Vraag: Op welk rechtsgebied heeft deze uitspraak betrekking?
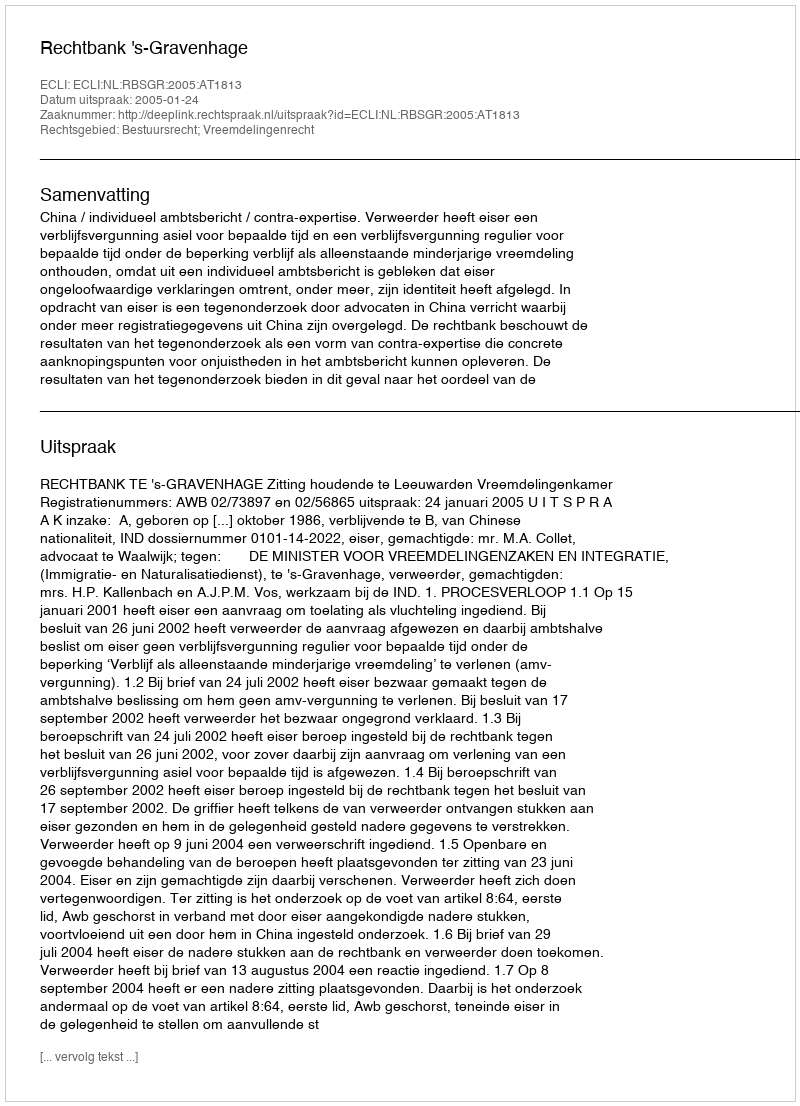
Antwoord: Bestuursrecht; Vreemdelingenrecht